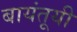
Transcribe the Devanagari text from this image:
बायंतूयी